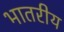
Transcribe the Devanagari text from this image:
भातरीय